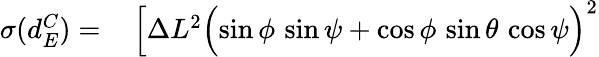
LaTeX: \begin{array}{rl}{\sigma(d_{E}^{C})=}&{{}\, \Bigl[\Delta L^{2}\Bigl(\sin\phi\, \sin\psi+\cos\phi\, \sin\theta\, \cos\psi\Bigr)^{2}}\end{array}